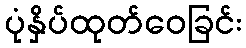
ပုံနှိပ်ထုတ်ဝေခြင်း